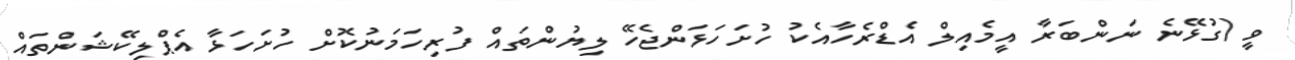
ވީ (ގުޅޭނެ ނަންބަރާ އީމެއިލް އެޑްރެހާއެކު ހުށަހަޅަންޖެހޭ ލިޔުންތައް ފުރިހަމަނުކޮށް ހުށަހަޅާ އެޕްލިކޭޝަންތައް